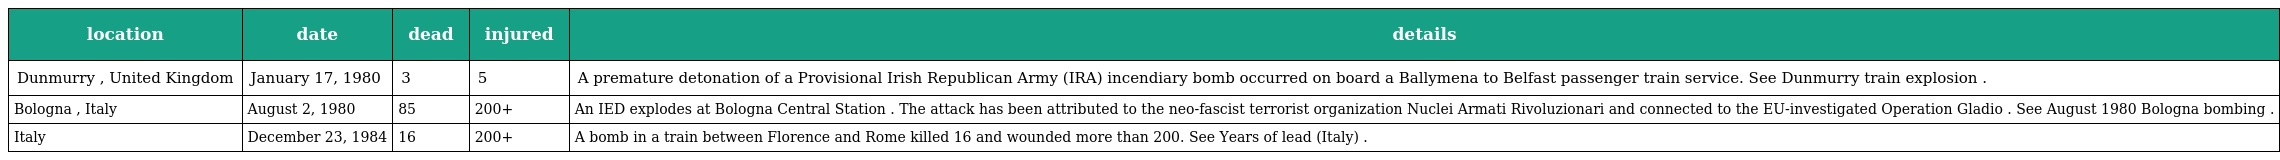
| location | date | dead | injured | details |
 | --- | --- | --- | --- | --- |
 | Dunmurry , United Kingdom | January 17, 1980 | 3 | 5 | A premature detonation of a Provisional Irish Republican Army (IRA) incendiary bomb occurred on board a Ballymena to Belfast passenger train service. See Dunmurry train explosion . |
 | Bologna , Italy | August 2, 1980 | 85 | 200+ | An IED explodes at Bologna Central Station . The attack has been attributed to the neo-fascist terrorist organization Nuclei Armati Rivoluzionari and connected to the EU-investigated Operation Gladio . See August 1980 Bologna bombing . |
 | Italy | December 23, 1984 | 16 | 200+ | A bomb in a train between Florence and Rome killed 16 and wounded more than 200. See Years of lead (Italy) . |